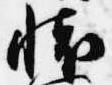
懐